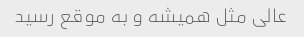
عالی مثل همیشه و به موقع رسید